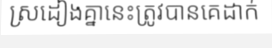
ស្រដៀងគ្នានេះត្រូវបានគេដាក់